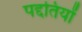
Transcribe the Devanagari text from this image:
पद्दतियों